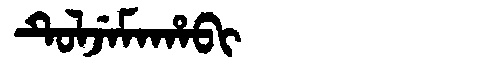
Manchu: ᡨᡠᠯᠵᡝᠮᠠᡥᠠᠪᡳ
Romanization: TULJEMAHABI